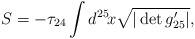
LaTeX: \begin{align*}S=-\tau_{24}\int d^{25}\!x \sqrt{|\det g_{25}^{\prime}|},\end{align*}